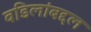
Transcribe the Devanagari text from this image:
वडिलांबद्दल